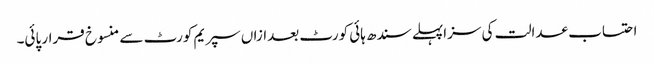
احتساب عدالت کی سزاپہلے سندھ ہائی کورٹ بعدازاں سپریم کورٹ سے منسوخ قرار پائی۔